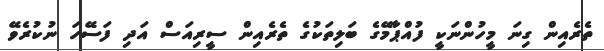
ތެރެއިން ގިނަ މީހުންނަކީ ފުއްޕާމޭގެ ބަލިތަކުގެ ތެރެއިން ސީރިއަސް އަދި ފަސޭހަ ނުކުރެވޭ